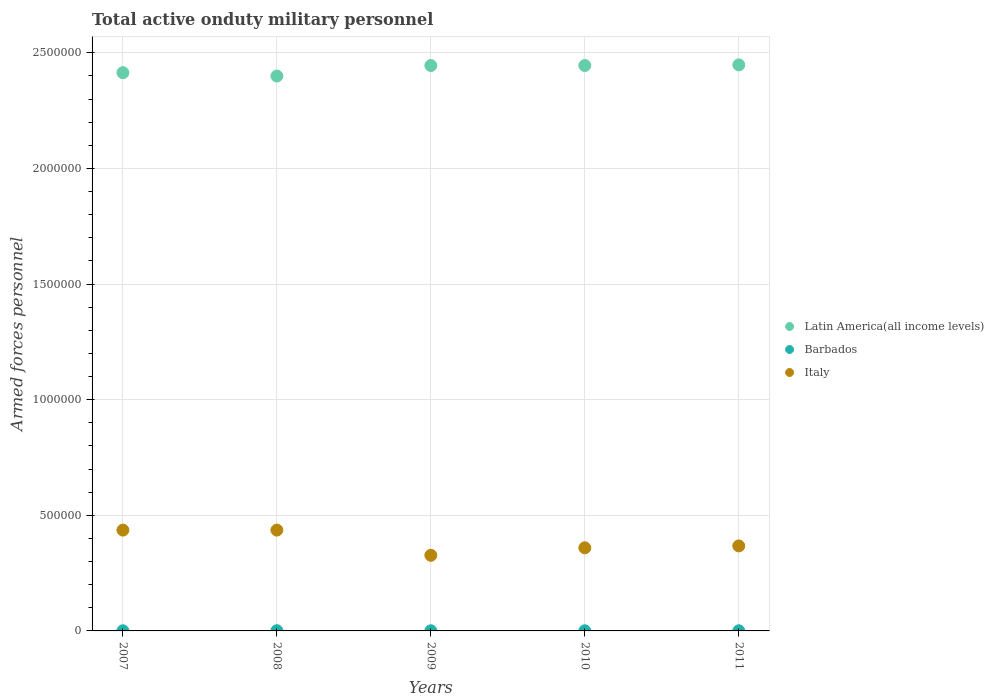
| Years | Latin America(all income levels) | Barbados | Italy |
 | --- | --- | --- | --- |
 | 2007 | 2.41e+06 | 610 | 4.36e+05 |
 | 2008 | 2.4e+06 | 1e+03 | 4.36e+05 |
 | 2009 | 2.44e+06 | 610 | 3.27e+05 |
 | 2010 | 2.44e+06 | 610 | 3.59e+05 |
 | 2011 | 2.45e+06 | 610 | 3.68e+05 |